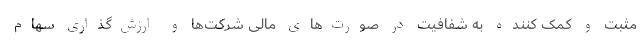
مثبت و کمک کننده به شفافیت در صورت‌های مالی شرکت‌ها و ارزش‌گذاری سهام